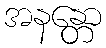
အနန္တော